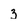
Character: 3